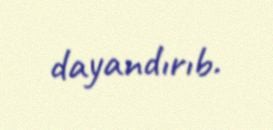
dayandırıb.